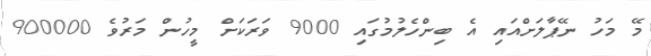
މޭ މަހު ނޭޕާލަށްއައި އެ ބިންހެލުމުގައި 9000 ވަރަކަށް މީހުން މަރުވެ 900000